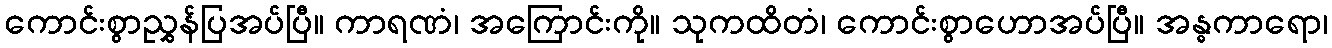
ကောင်းစွာညွှန်ပြအပ်ပြီ။ ကာရဏံ၊ အကြောင်းကို။ သုကထိတံ၊ ကောင်းစွာဟောအပ်ပြီ။ အန္ဓကာရော၊